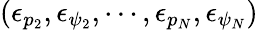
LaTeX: (\epsilon_{p_{2}},\epsilon_{\psi_{2}},\cdots,\epsilon_{p_{N}},\epsilon_{\psi_{N}})